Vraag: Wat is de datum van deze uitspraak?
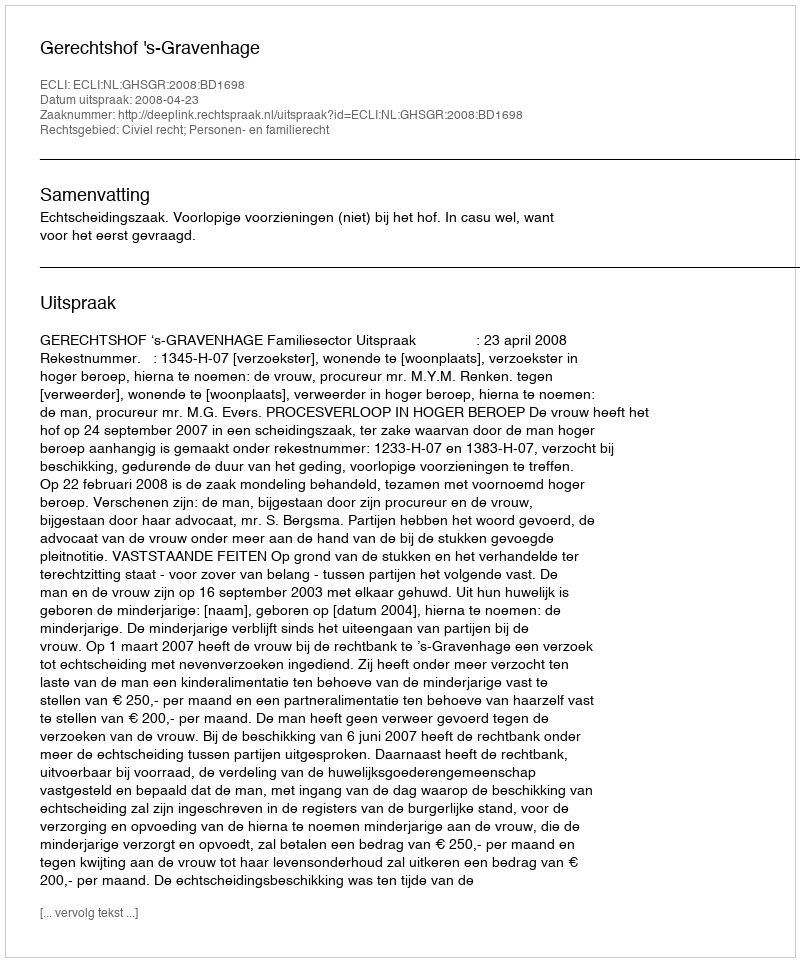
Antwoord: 2008-04-23